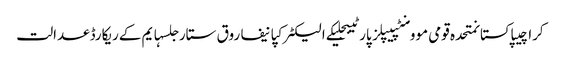
کراچیپاکستانمتحدہ قومی موومنٹپیپلز پارٹیبجلیکے الیکٹرکپانیفاروق ستارجلسہایم کےریکارڈعدالت